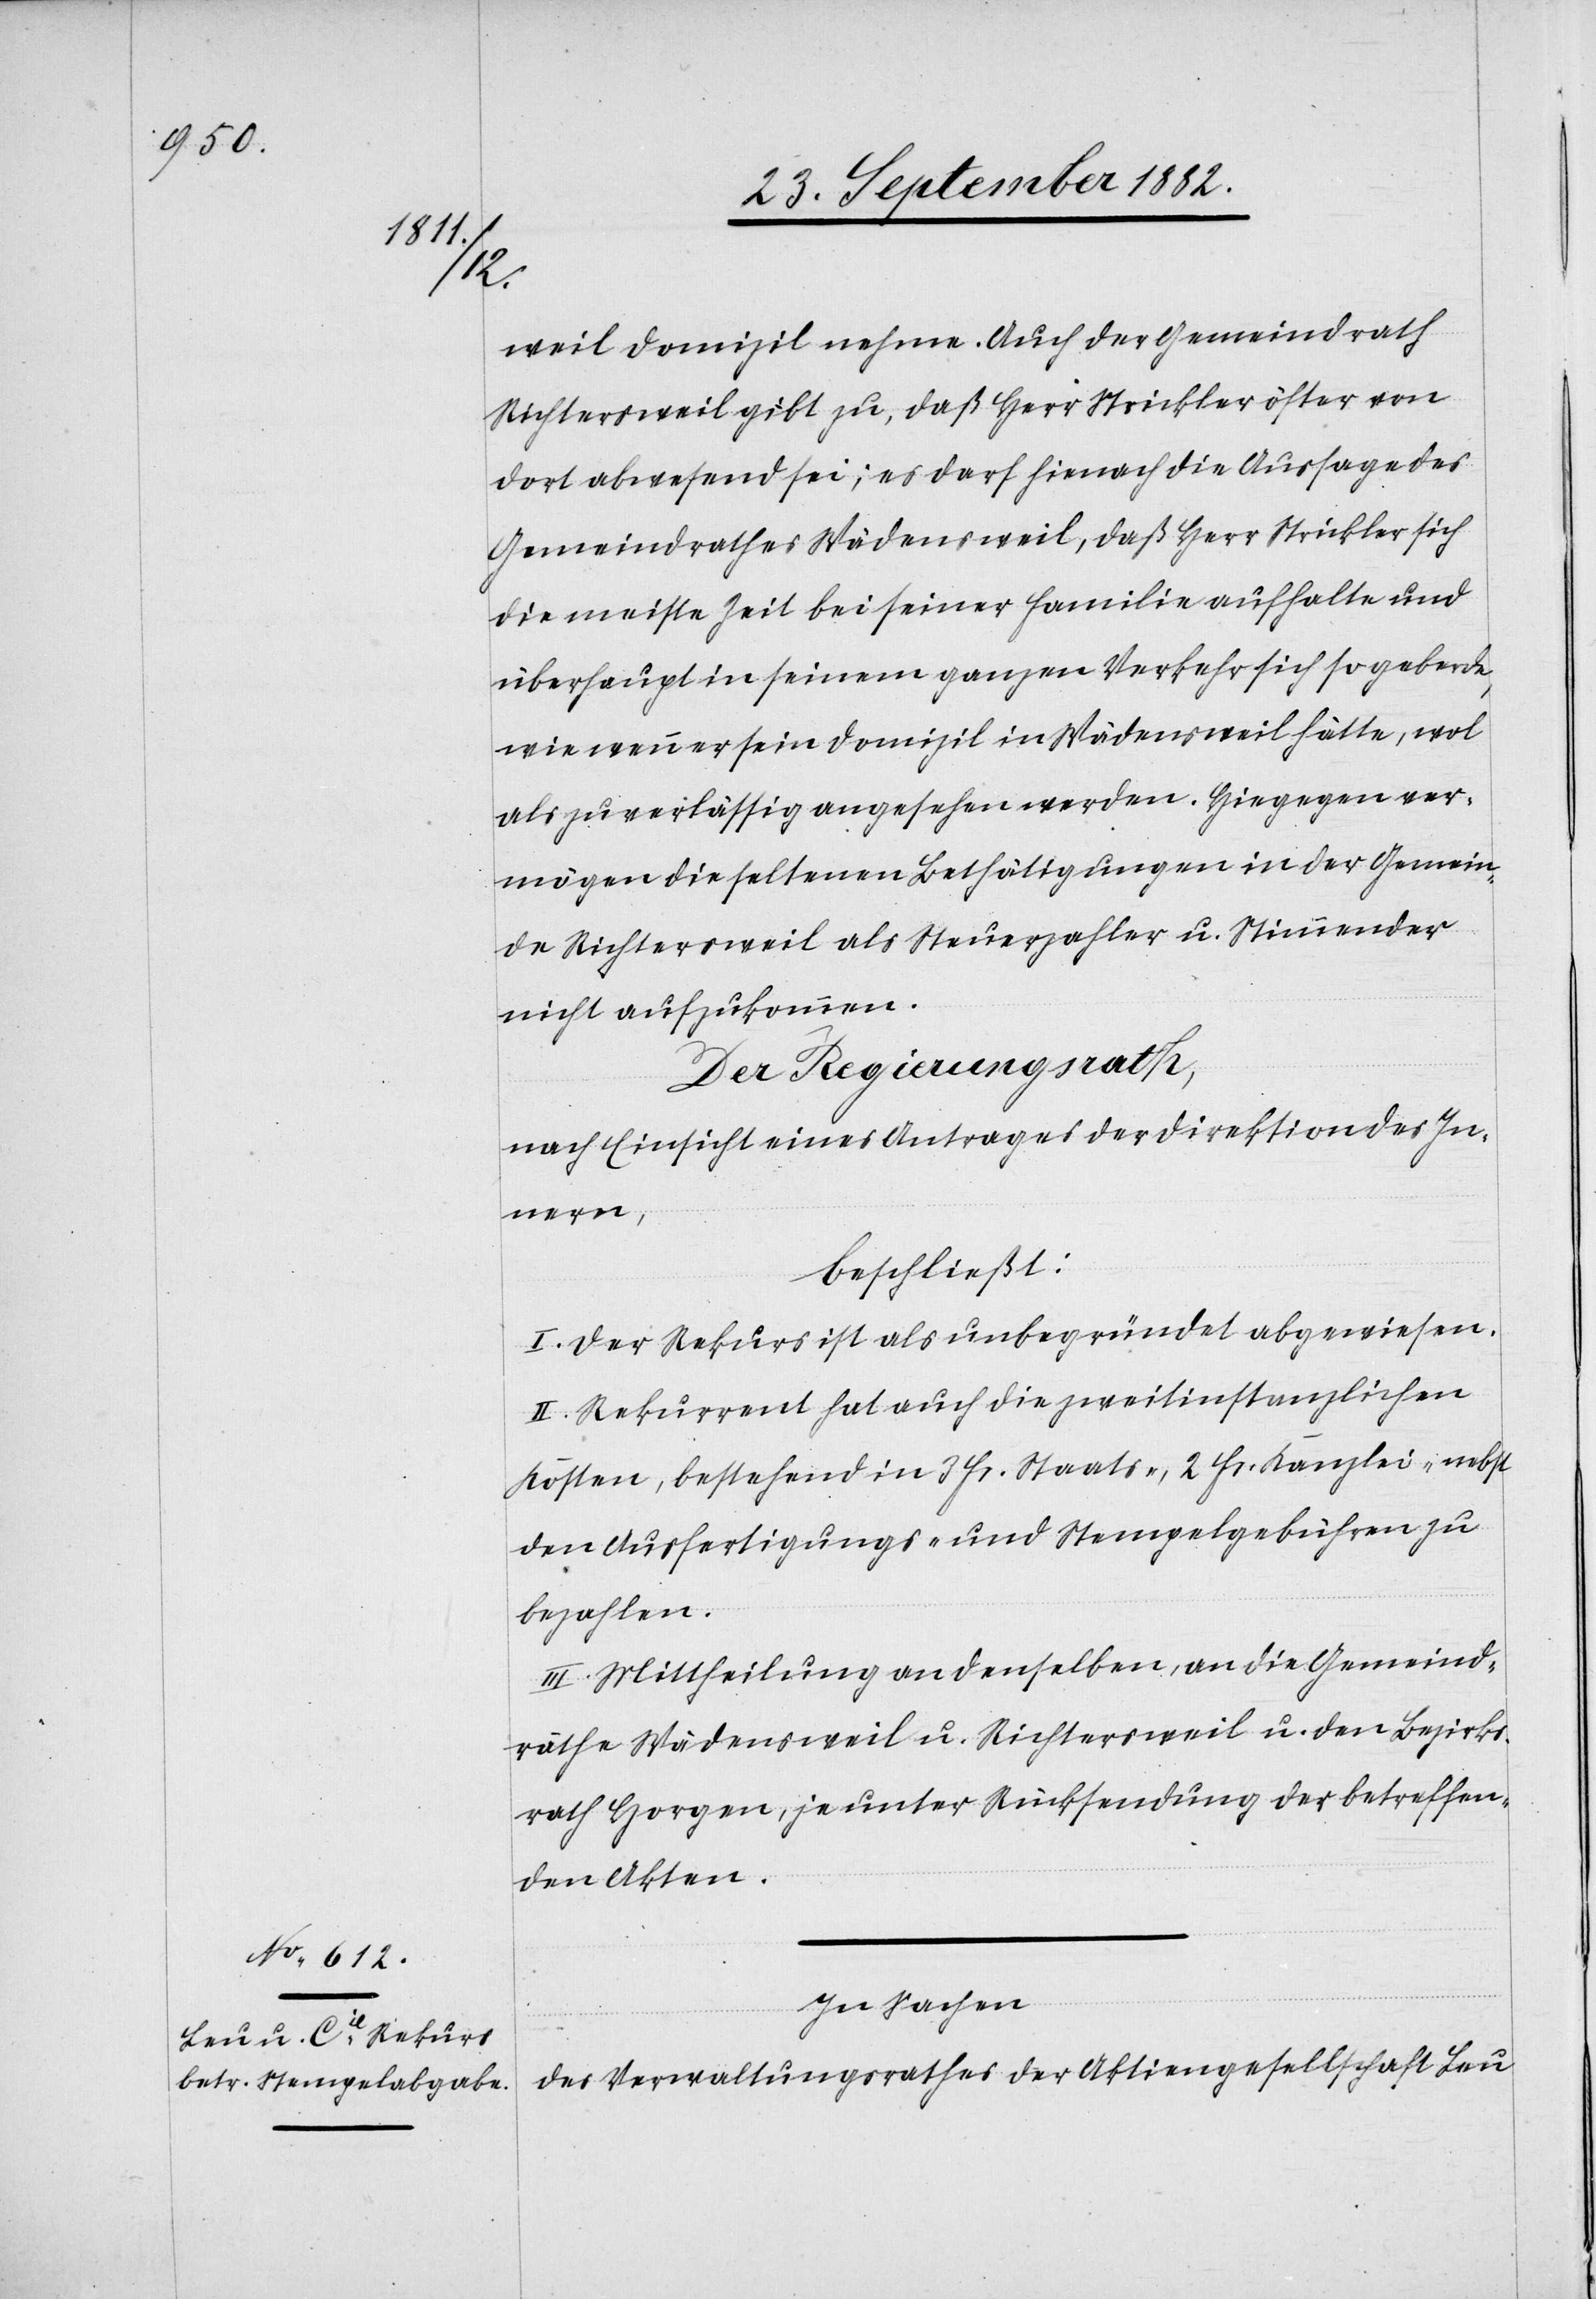
weil Domizil nehme. Auch der Gemeindrath
Richtersweil gibt zu, daß Herr Strickler öfter von
dort abwesend sei; es darf hienach die Aussage des
Gemeindrathes Wädensweil, daß Herr Strickler sich
die meiste Zeit bei seiner Familie aufhalte und
überhaupt in seinem ganzen Verkehr sich so geberde,
wie wenn er sein Domizil in Wädensweil hätte, wol
als zuverlässig angesehen werden. Hiegegen ver¬
mögen die seltenen Bethätigungen in der Gemein¬
de Richtersweil als Steuerzahler u. Stimmender
nicht aufzukommen.
Der Regierungsrath,
nach Einsicht eines Antrages der Direktion des In¬
nern,
beschließt:
I. Der Rekurs ist als unbegründet abgewiesen.
II. Rekurrent hat auch die zweitinstanzlichen
Kosten, bestehend in 3 Fr. Staats., 2 Fr. Kanzlei- nebst
den Ausfertigungs- und Stempelgebühren zu
bezahlen.
III. Mittheilung an denselben, an die Gemeind¬
räthe Wädensweil u. Richtersweil u. den Bezirks¬
rath Horgen, je unter Rücksendung der betreffen¬
den Akten.
In Sachen
des Verwaltungsrathes der Aktiengesellschaft Leu